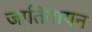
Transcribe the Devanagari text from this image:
जातिगायन